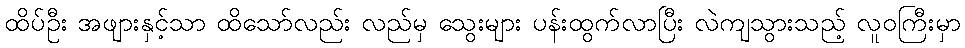
ထိပ်ဦး အဖျားနှင့်သာ ထိသော်လည်း လည်မှ သွေးများ ပန်းထွက်လာပြီး လဲကျသွားသည့် လူဝကြီးမှာ